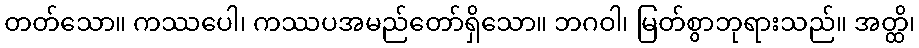
တတ်သော။ ကဿပေါ၊ ကဿပအမည်တော်ရှိသော။ ဘဂဝါ၊ မြတ်စွာဘုရားသည်။ အတ္ထိ၊